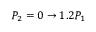
P _ { 2 } = 0 \rightarrow 1 . 2 P _ { 1 }